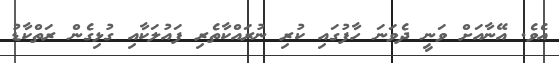
އެވެ. އޭނާއަށް ވަނީ ދެވަނަ ހާފުގައި ކުރި ނުރައްކާތެރި ފައުލަކާއި ގުޅިގެން ރަތްކާޑު